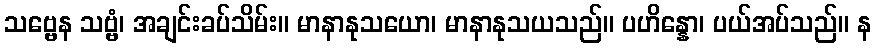
သဗ္ဗေန သဗ္ဗံ၊ အချင်းခပ်သိမ်း။ မာနာနုသယော၊ မာနာနုသယသည်။ ပဟိန္နော၊ ပယ်အပ်သည်။ န